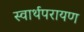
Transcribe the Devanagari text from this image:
स्वार्थपरायण